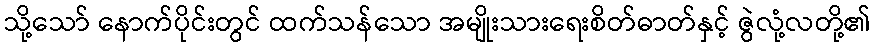
သို့သော် နောက်ပိုင်းတွင် ထက်သန်သော အမျိုးသားရေးစိတ်ဓာတ်နှင့် ဇွဲလုံ့လတို့၏